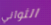
الثواني